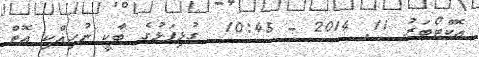
އޮކްޓޯބަރު 11